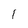
Character: 1